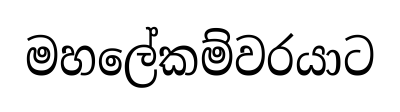
මහලේකම්වරයාට